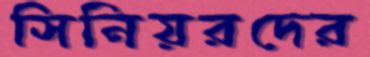
সিনিয়রদের